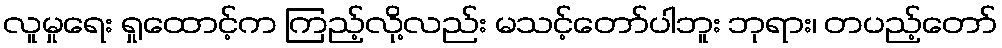
လူမှုရေး ရှုထောင့်က ကြည့်လို့လည်း မသင့်တော်ပါဘူး ဘုရား၊ တပည့်တော်